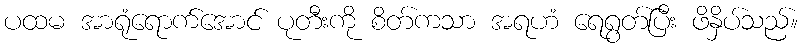
ပထမ အာရုံရောက်အောင် ပုတီးကို စိတ်ကသာ အရဟံ ရေရွတ်ပြီး ဖိနှိပ်သည်။